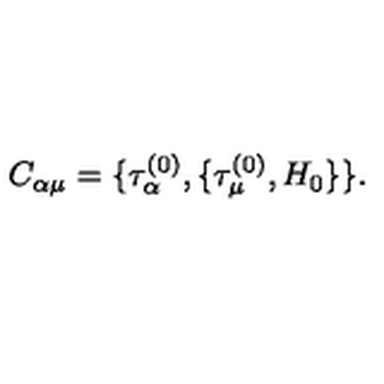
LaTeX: C _ { \alpha \mu } = \{ \tau _ { \alpha } ^ { ( 0 ) } , \{ \tau _ { \mu } ^ { ( 0 ) } , H _ { 0 } \} \} .